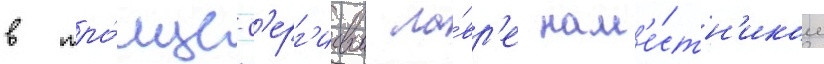
в тро́ице-с'ерг'иевои ла́вр'е нам'е́стн'иком